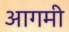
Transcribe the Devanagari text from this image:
आगमी